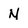
Character: N